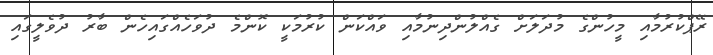
ރޭޕްކުރުމާއި މީހުންގެ މުދަލަށް ގެއްލުންދިނުމާއި ވައްކަން ކުރުމަކީ ކޮންމެ ދުވަހެއްގައިހެން ބާރު ދުވެލީގައި